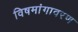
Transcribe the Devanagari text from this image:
विषमांगावरण